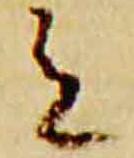
令